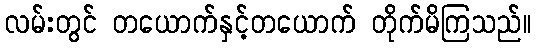
လမ်းတွင် တယောက်နှင့်တယောက် တိုက်မိကြသည်။